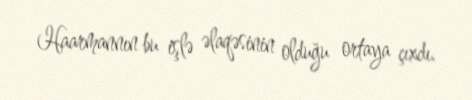
Haarmannın bu işlə əlaqəsinin olduğu ortaya çıxdı.